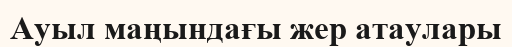
Ауыл маңындағы жер атаулары